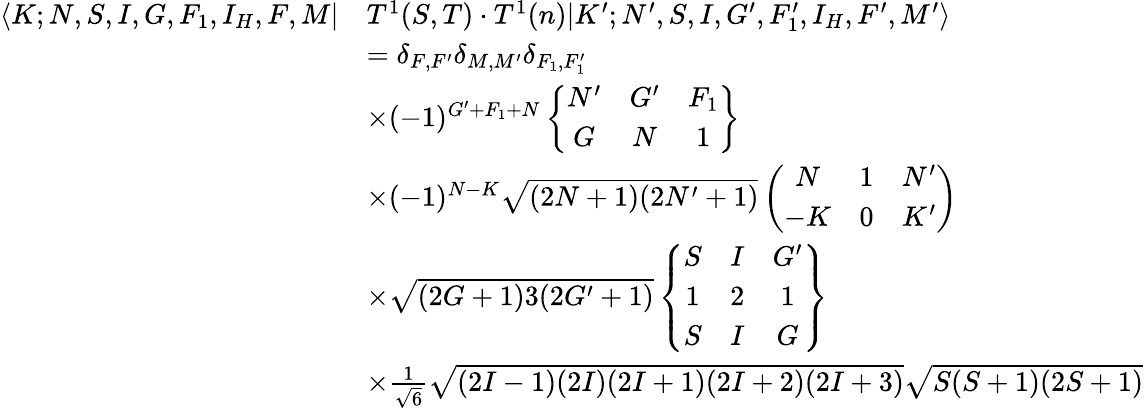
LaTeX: \begin{array}{rl}{\langle K;N,S,I,G,F_{1},I_{H},F,M|}&{T^{1}(S,T)\cdot T^{1}(n)|K^{\prime};N^{\prime},S,I,G^{\prime},F_{1}^{\prime},I_{H},F^{\prime},M^{\prime}\rangle}\\ &{=\delta_{F,F^{\prime}}\delta_{M,M^{\prime}}\delta_{F_{1},F_{1}^{\prime}}}\\ &{\times(-1)^{G^{\prime}+F_{1}+N}\left\{ \begin{array}{ccc}{N^{\prime}}&{G^{\prime}}&{F_{1}}\\ {G}&{N}&{1}\end{array}\right\} }\\ &{\times(-1)^{N-K}\sqrt{(2N+1)(2N^{\prime}+1)}\left(\begin{array}{ccc}{N}&{1}&{N^{\prime}}\\ {-K}&{0}&{K^{\prime}}\end{array}\right)}\\ &{\times\sqrt{(2G+1)3(2G^{\prime}+1)}\left\{ \begin{array}{ccc}{S}&{I}&{G^{\prime}}\\ {1}&{2}&{1}\\ {S}&{I}&{G}\end{array}\right\} }\\ &{\times\frac{1}{\sqrt{6}}\sqrt{(2I-1)(2I)(2I+1)(2I+2)(2I+3)}\sqrt{S(S+1)(2S+1)}}\end{array}